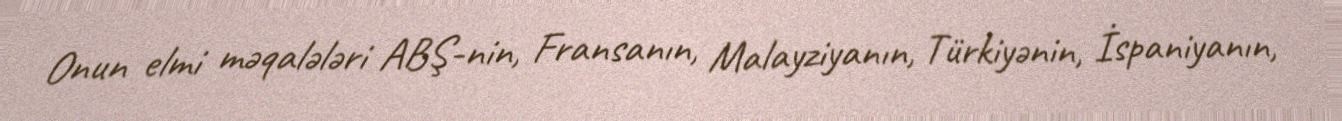
Onun elmi məqalələri ABŞ-nin, Fransanın, Malayziyanın, Türkiyənin, İspaniyanın,